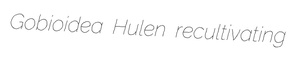
Gobioidea Hulen recultivating